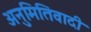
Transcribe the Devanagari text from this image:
अनुमितिवादी